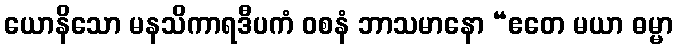
ယောနိသော မနသိကာရဒီပကံ ဝစနံ ဘာသမာနော “ဧတေ မယာ ဓမ္မာ